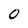
Character: 0